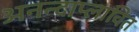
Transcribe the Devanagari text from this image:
अनन्दाप्लावित